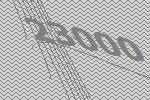
23000